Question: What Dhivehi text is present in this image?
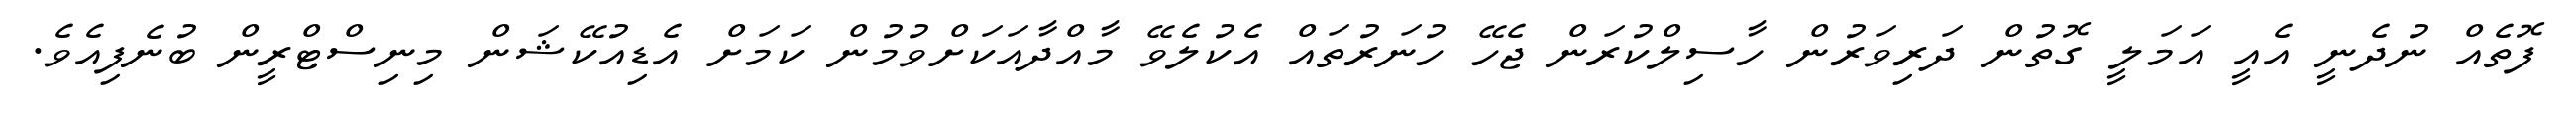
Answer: ފޮތެއް ނުދެނީ އެއީ އަމަލީ ގޮތުން ދަރިވަރުން ހާސިލްކުރަން ޖެހޭ ހުނަރުތައް އެކުލެވޭ މާއްދާއަކަށްވުމުން ކަމަށް އެޑިއުކޭޝަން މިނިސްޓްރީން ބުނެފިއެވެ.